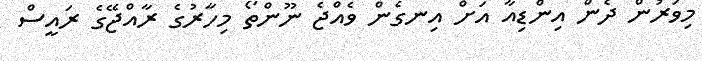
މިވަރުން ދެން އިންޑިއާ އަށް އިނގެން ވެއްޖެ ނޫންތޯ މިހާރުގެ ރާއްޖޭގެ ރައީސް